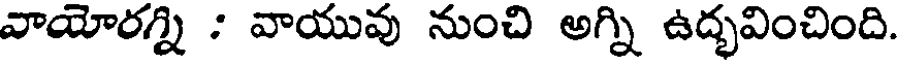
వాయోరగ్ని : వాయువు నుంచి అగ్ని ఉద్భవించింది.